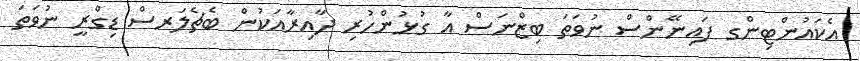
އެކައުންޓިންގ ފައިނޭންސް ނުވަތަ ބިޒްނަސް އާ ގުޅުންހުރި ދާއިރާއަކުން ބެޗެލަރސް ޑިގްރީ ނުވަތަ